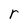
Character: r